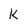
Character: k